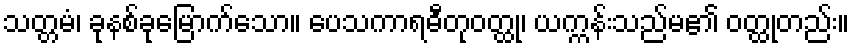
သတ္တမံ၊ ခုနစ်ခုမြောက်သော။ ပေသကာရဓီတုဝတ္ထု၊ ယက္ကန်းသည်မ၏ ဝတ္ထုတည်း။